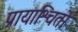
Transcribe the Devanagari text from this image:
प्रायाश्चितों